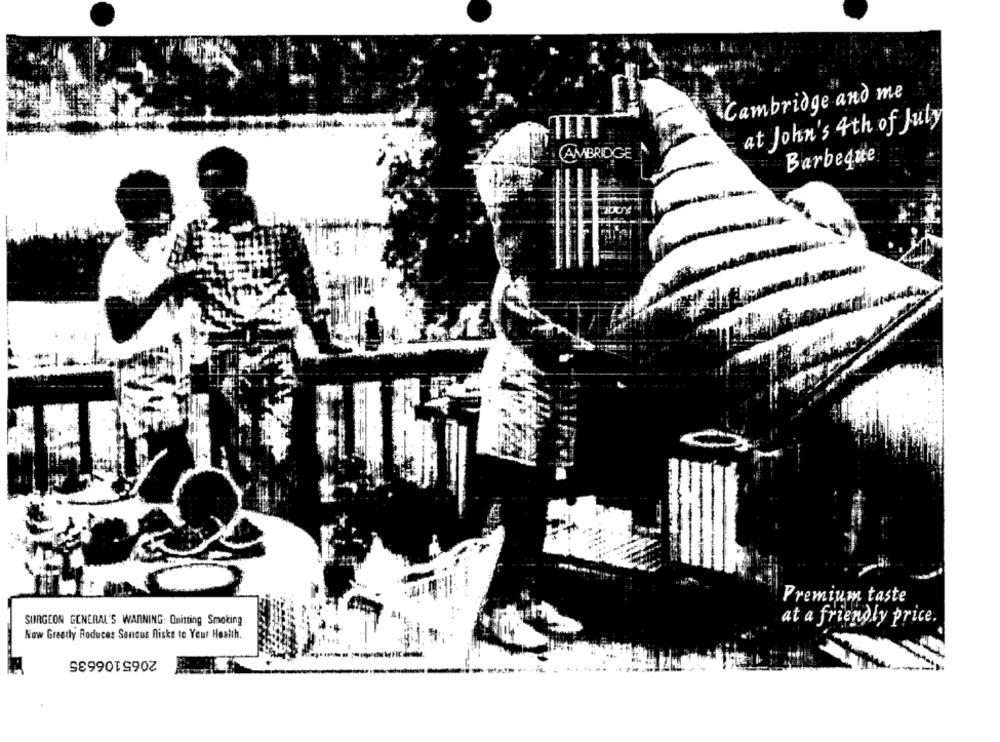
Cambridge and me
at John's 4th of July
TIET
CAMBRIDGE
Barbeque
Premium taste
SURGEON GENERAL'S WARNING: Quitting Smoking
at a friendly price.
Now Greatly Roduces Sanous Hicks to Your Health.
2065106635